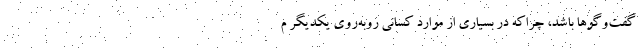
گفت‌وگوها باشد، چرا‌كه در بسياري از موارد كساني روبه‌روي يكديگر م